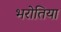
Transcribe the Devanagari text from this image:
भरोतिया